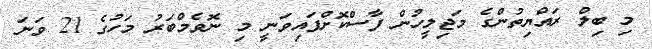
މި ބިލް ރައްޔިތުންގެ މަޖިލީހުން ފާސްކޮށްފައިވަނީ މި ނޮވެމްބަރު މަހުގެ 21 ވަނަ